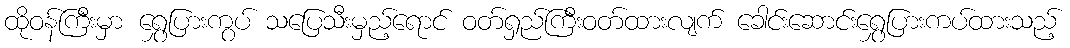
ထိုဝန်ကြီးမှာ ရွှေပြားကွပ် သပြေသီးမှည့်ရောင် ဝတ်ရှည်ကြီးဝတ်ထားလျက် ခေါင်းဆောင်းရွှေပြားကပ်ထားသည့်